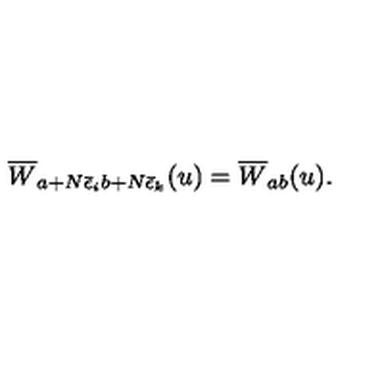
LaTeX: \overline { { W } } _ { a + N \bar { \epsilon } _ { i } b + N \bar { \epsilon } _ { k } } ( u ) = \overline { { W } } _ { a b } ( u ) .